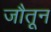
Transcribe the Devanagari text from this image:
जौतून